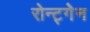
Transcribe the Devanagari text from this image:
रोन्ट्गेेन